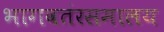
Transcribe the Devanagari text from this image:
भागवतंरसमालय